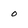
Character: 0